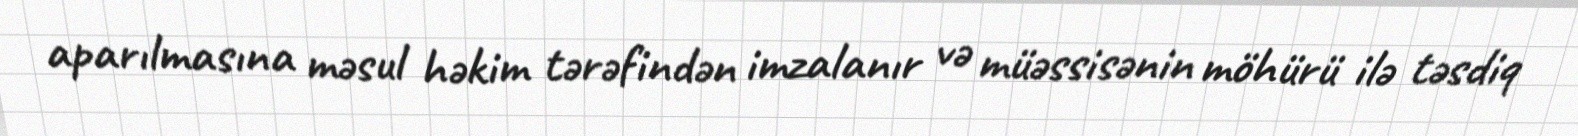
aparılmasına məsul həkim tərəfindən imzalanır və müəssisənin möhürü ilə təsdiq